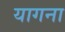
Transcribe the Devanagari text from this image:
यागना